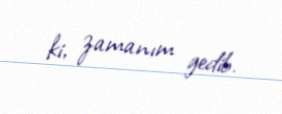
ki, zamanım gedib.